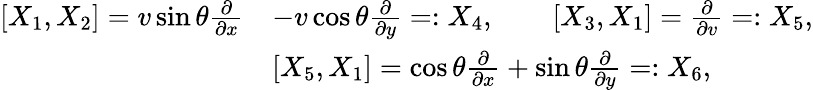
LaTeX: \begin{array}{rl}{\left[X_{1},X_{2}\right]=v\sin\theta\frac{\partial}{\partial{x}}}&{-v\cos\theta\frac{\partial}{\partial{y}}=:X_{4},\quad\quad\left[X_{3},X_{1}\right]=\frac{\partial}{\partial{v}}=:X_{5},}\\ &{\left[X_{5},X_{1}\right]=\cos\theta\frac{\partial}{\partial{x}}+\sin\theta\frac{\partial}{\partial{y}}=:X_{6},}\end{array}